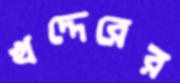
খদ্দেরের